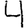
Digit: 4